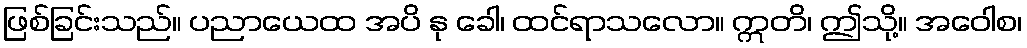
ဖြစ်ခြင်းသည်။ ပညာယေထ အပိ နု ခေါ၊ ထင်ရာသလော။ ဣတိ၊ ဤသို့။ အဝေါစ၊